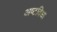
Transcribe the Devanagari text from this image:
अष्टविधा